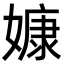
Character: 嫝